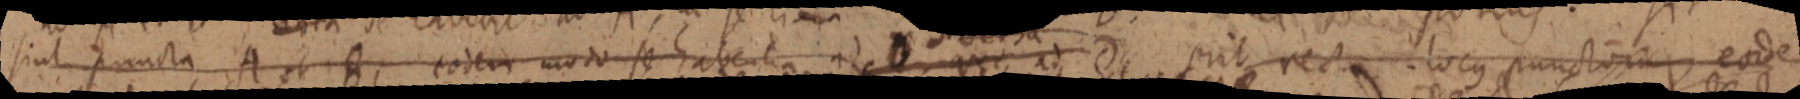
sint puncta A et B, eodem modo se habentia ad B que ad D erit recta locus punctorum, eodem